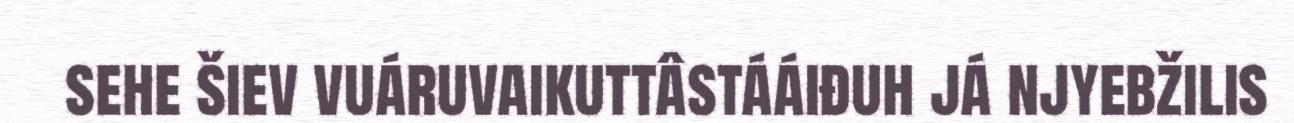
sehe šiev vuáruvaikuttâstááiđuh já njyebžilis